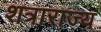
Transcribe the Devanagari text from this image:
शत्राराज्य